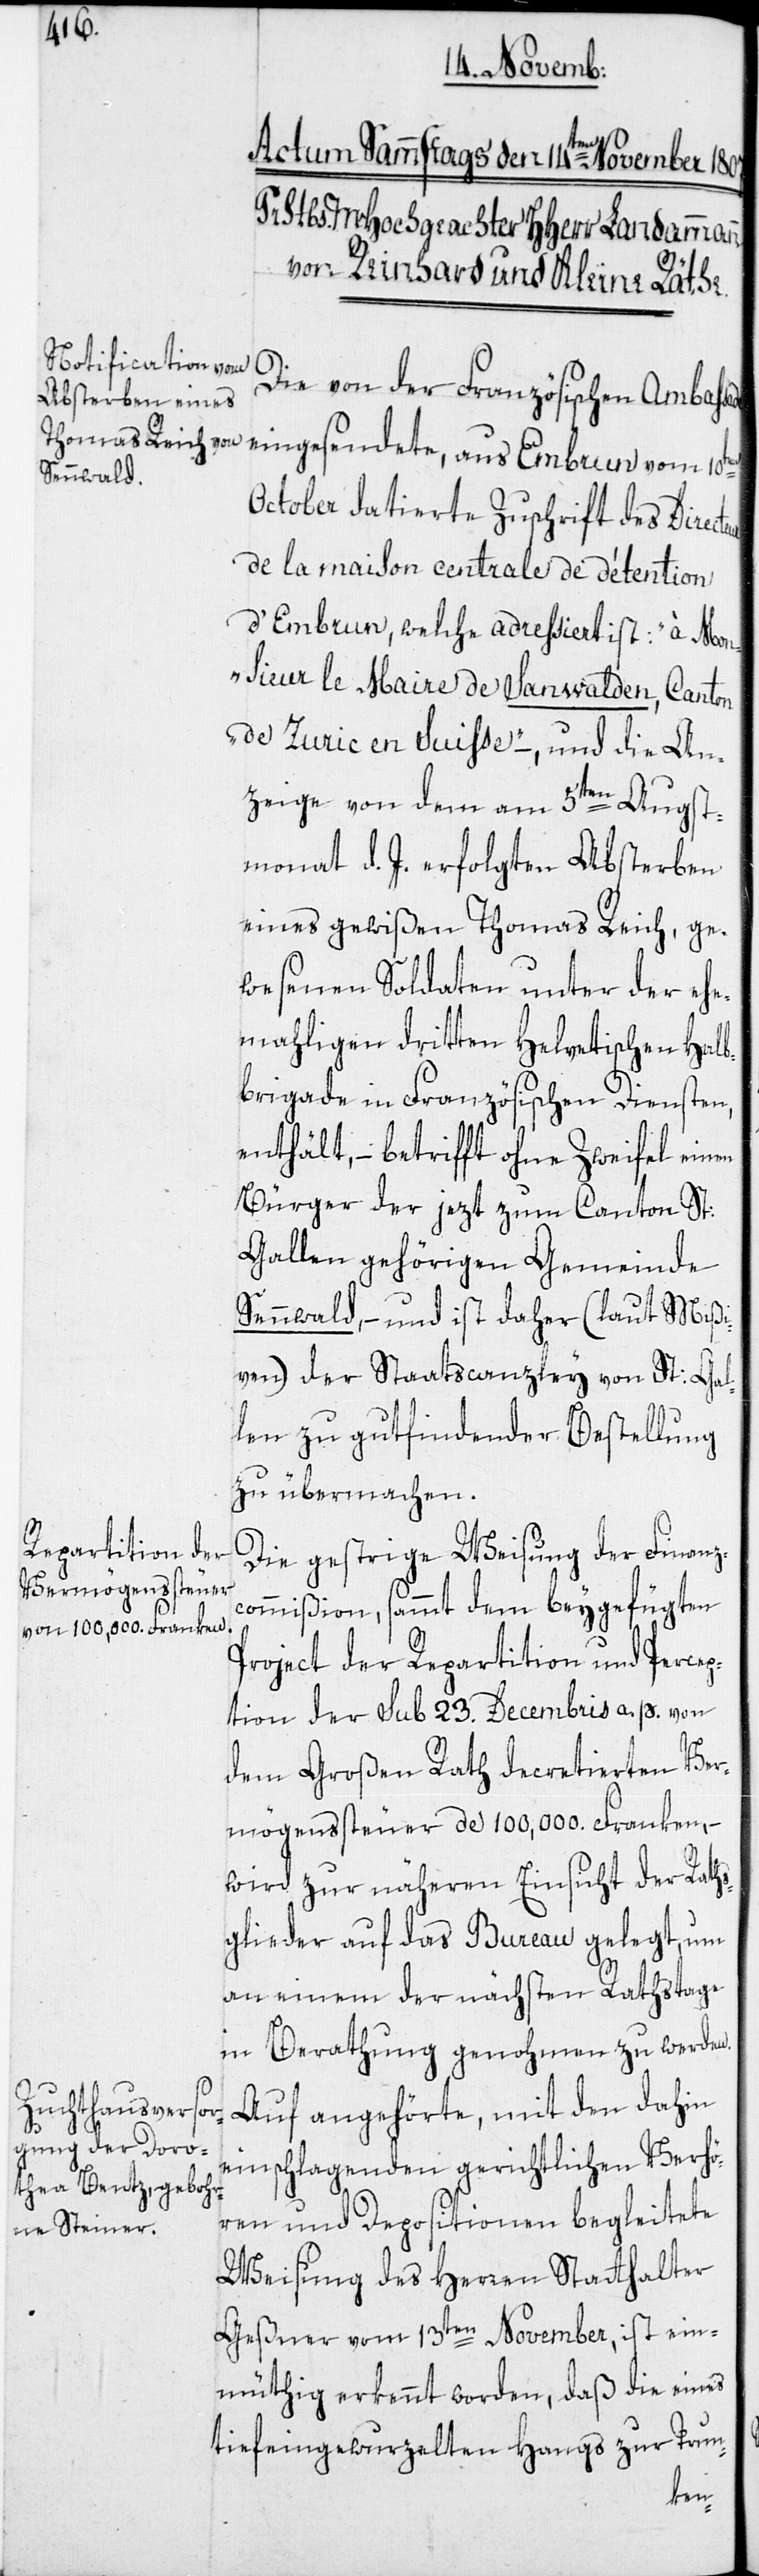
sade eingesendete, aus Embrun
Die von der Französischen Ambas¬
October datierte Zuschrift des Directe¬
de la maison centrale de détention
d’Embrun, welche adressiert ist: „à Mon¬
sieur le Maire de Sanwalden, Canton
de Zuric en Suisse“ –, und die An¬
zeige von dem am 5ten Augst¬
monat d. J. erfolgten Absterben
eines gewißen Thomas Reich, ge¬
wesenen Soldaten unter der ehe¬
mahligen dritten Helvetischen Halb¬
brigade in Französischen Diensten,
enthält, – betrifft ohne Zweifel einen
Bürger der jezt zum Canton St:
Gallen gehörigen Gemeinde
Sennwald, – und ist daher (laut Mißi¬
ven) der Staatscanzley von St: Gal¬
len zu gutfindender Bestellung
zu übermachen.
Die gestrige Weisung der Finanz¬
commißion, sammt dem beygefügten
Project der Repartition und Percep¬
tion der sub 23. Decembris a. p. von
dem Großen Rath decretierten Ver¬
mögenssteuer de 100,000 Franken, –
wird zu näheren Einsicht der Raths¬
glieder auf das Bureau gelegt, um
an einem der nächsten Rathstage
in Berathung genohmen zu werden.
Auf angehörte, mit den dahin
ur
einschlagenden gerichtlichen Verhö¬
ren und Depositionen begleitete
Weisung des Herren Statthalter
Geßner vom 13ten November, ist ein¬
müthig erkennt worden, daß die eines
tiefeingewurzelten Hangs zur Trun-